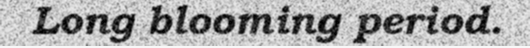
Long blooming period.